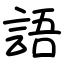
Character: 語